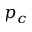
p _ { c }